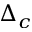
\Delta _ { c }